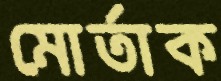
মোর্তাক